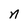
Character: n